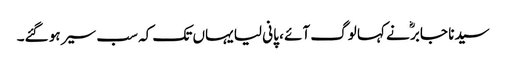
سیدنا جابرؓ نے کہا لوگ آئے ، پانی لیا یہاں تک کہ سب سیر ہو گئے۔